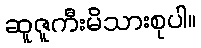
ဆူဇူကီးမိသားစုပါ။